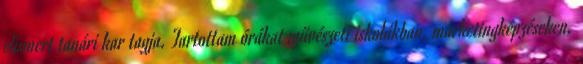
elismert tanári kar tagja. Tartottam órákat művészeti iskolákban, marketingképzéseken,